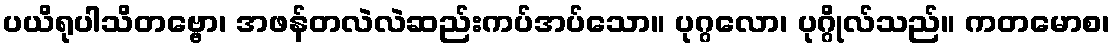
ပယိရုပါသိတဗ္ဗော၊ အဖန်တလဲလဲဆည်းကပ်အပ်သော။ ပုဂ္ဂလော၊ ပုဂ္ဂိုလ်သည်။ ကတမောစ၊